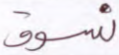
نسوق